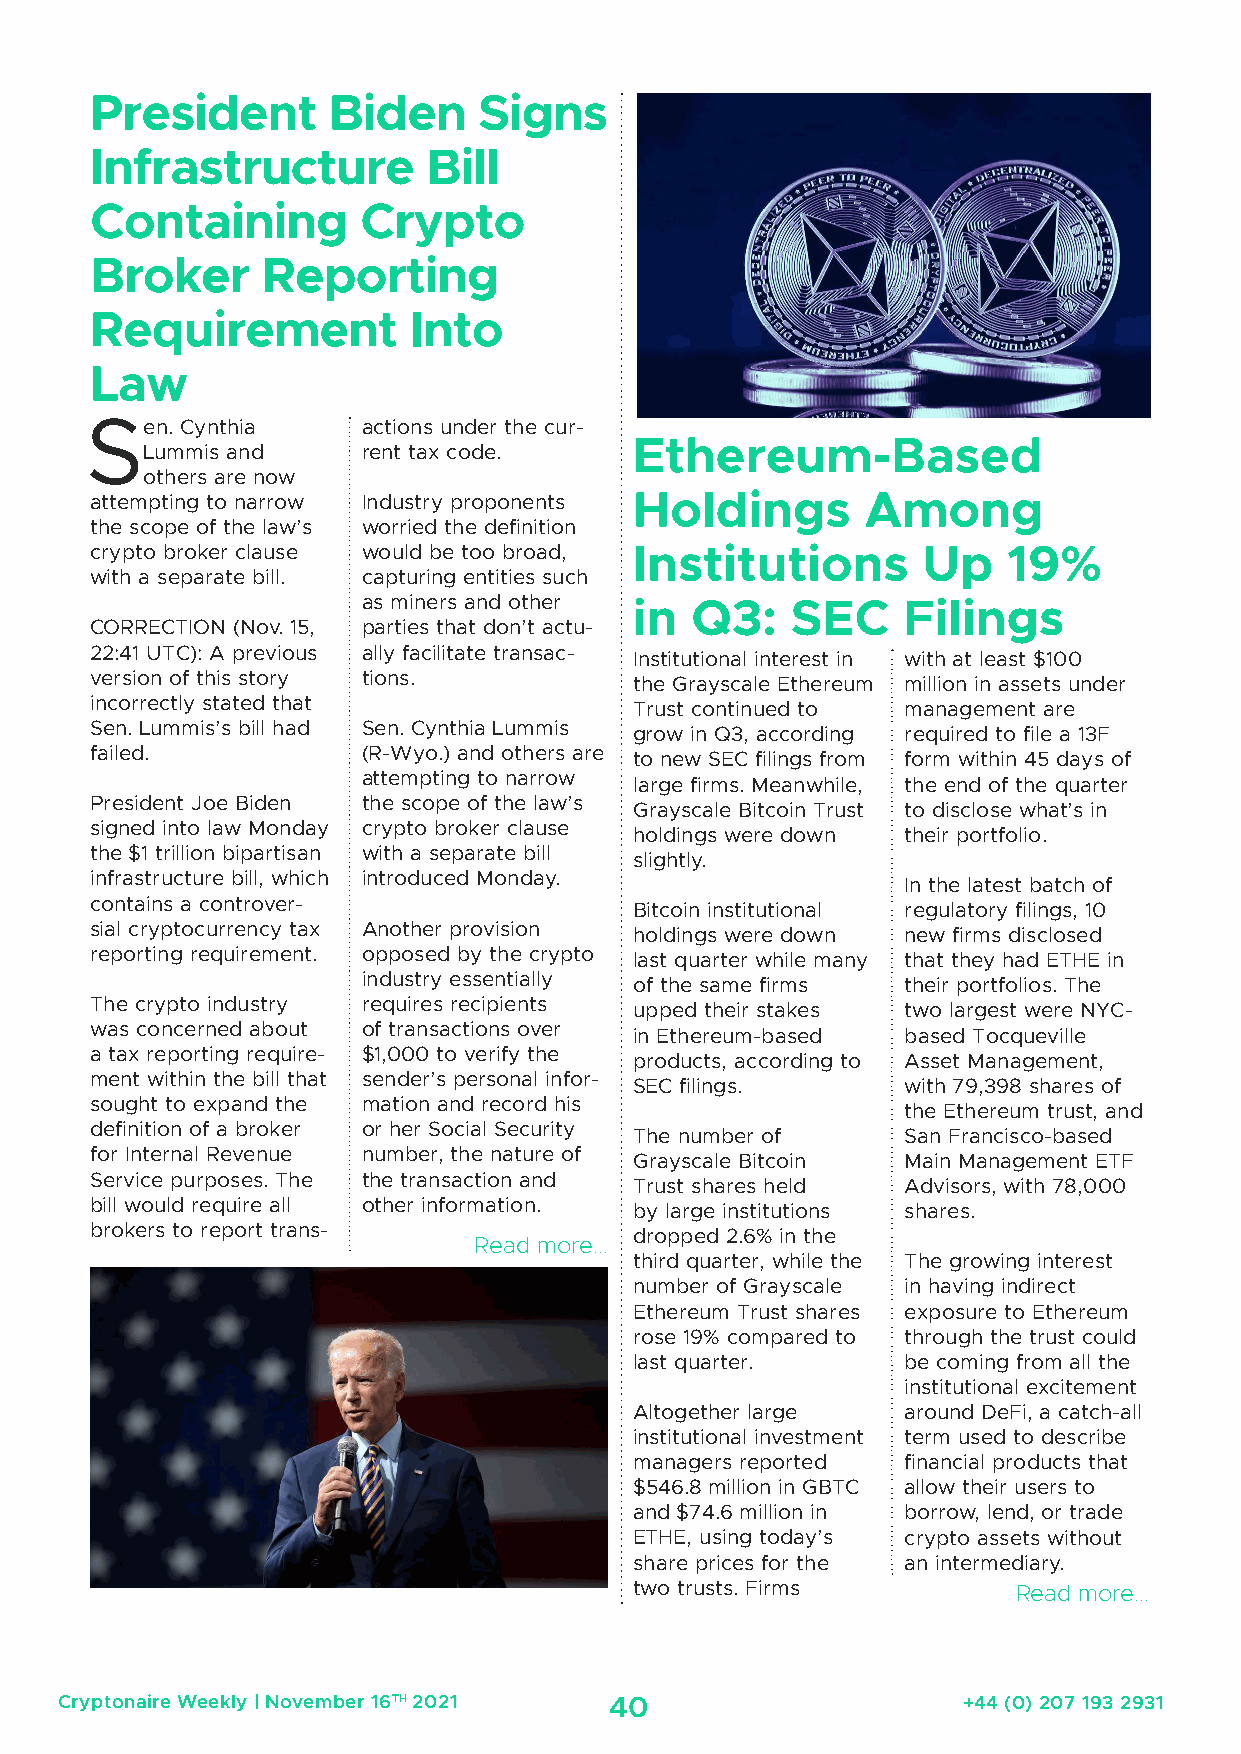
President       Biden     Signs
 Infrastructure        Bill
 Containing        Crypto
 Broker     Reporting
 Requirement          Into
 Law
 S
 en. Cynthia    actions under the cur-
 Ethereum-Based
 Lummis and     rent tax code.
 others are now
 attempting to narrow Industry proponents Holdings  Among
 the scope of the law’s worried the definition
 crypto broker clause would be too broad, Institutions  Up    19%
 with a separate bill. capturing entities such
 as miners and other in Q3:  SEC     Filings
 CORRECTION (Nov. 15, parties that don’t actu-
 22:41 UTC): A previous ally facilitate transac-
 Institutional interest in with at least $100
 version of this story tions.
 the Grayscale Ethereum million in assets under
 incorrectly stated that
 Trust continued to management are
 Sen. Lummis’s bill had Sen. Cynthia Lummis
 grow in Q3, according required to file a 13F
 failed.           (R-Wyo.) and others are
 to new SEC filings from form within 45 days of
 attempting to narrow
 large firms. Meanwhile, the end of the quarter
 President Joe Biden the scope of the law’s
 Grayscale Bitcoin Trust to disclose what’s in
 signed into law Monday crypto broker clause
 holdings were down their portfolio.
 the $1 trillion bipartisan with a separate bill
 slightly.
 infrastructure bill, which introduced Monday.
 In the latest batch of
 contains a controver-
 Bitcoin institutional regulatory filings, 10
 sial cryptocurrency tax Another provision
 holdings were down new firms disclosed
 reporting requirement. opposed by the crypto
 last quarter while many that they had ETHE in
 industry essentially
 of the same firms their portfolios. The
 The crypto industry requires recipients
 upped their stakes two largest were NYC-
 was concerned about of transactions over
 in Ethereum-based based Tocqueville
 a tax reporting require- $1,000 to verify the
 products, according to Asset Management,
 ment within the bill that sender’s personal infor-
 SEC filings.      with 79,398 shares of
 sought to expand the mation and record his
 the Ethereum trust, and
 definition of a broker or her Social Security
 The number of     San Francisco-based
 for Internal Revenue number, the nature of
 Grayscale Bitcoin Main Management ETF
 Service purposes. The the transaction and
 Trust shares held Advisors, with 78,000
 bill would require all other information.
 by large institutions shares.
 brokers to report trans-
 dropped 2.6% in the
 Read more...
 third quarter, while the The growing interest
 number of Grayscale in having indirect
 Ethereum Trust shares exposure to Ethereum
 rose 19% compared to through the trust could
 last quarter.     be coming from all the
 institutional excitement
 Altogether large  around DeFi, a catch-all
 institutional investment term used to describe
 managers reported financial products that
 $546.8 million in GBTC allow their users to
 and $74.6 million in borrow, lend, or trade
 ETHE, using today’s crypto assets without
 share prices for the an intermediary.
 two trusts. Firms        Read more...
 Cryptonaire Weekly | November 16TH 2021 40                  +44 (0) 207 193 2931